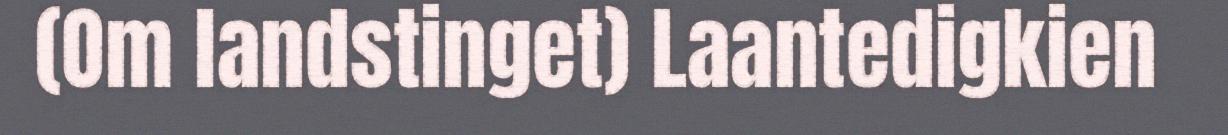
(Om landstinget) Laantedigkien